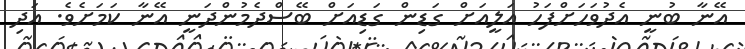
އޭނާ ބުނީ އެދުވަހަށްފަހު އަލީއަށް ގަޑިން ގަޑިއަށް ބޭސްދެމުންދަނީ އޭނާ ކަމަށެވެ. އަދި